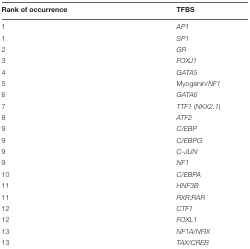
| Rank of occurrence | TFBS |
 | --- | --- |
 | 1 | AP1 |
 | 1 | SP1 |
 | 2 | GR |
 | 3 | FOXJ1 |
 | 4 | GATA5 |
 | 5 | Myogenin/NF1 |
 | 6 | GATA6 |
 | 7 | TTF1 (NKX2.1) |
 | 8 | ATF2 |
 | 9 | C/EBP |
 | 9 | C/EBPG |
 | 9 | C-JUN |
 | 9 | NF1 |
 | 10 | C/EBPA |
 | 11 | HNF3B |
 | 11 | RXR:RAR |
 | 12 | CTF1 |
 | 12 | FOXL1 |
 | 13 | NF1A/NFIX |
 | 13 | TAX/CREB |